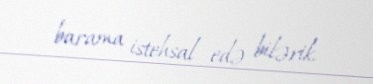
barama istehsal edə bilərik.